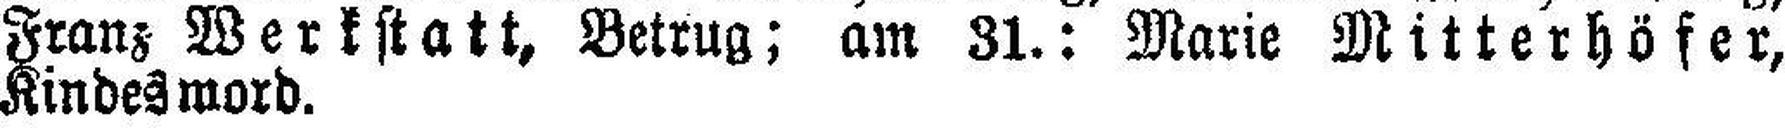
Franz Werkstatt, Betrug; am 31.: Marie Mitterhöfer,